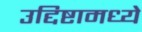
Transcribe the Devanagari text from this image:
उद्दिष्टामध्ये